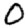
Digit: 0